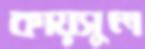
কায়সুল